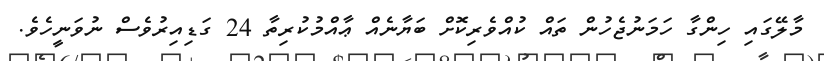
މާލޭގައި ހިންގާ ހަމަނުޖެހުން ތައް ކުއްވެރިކޮށް ބަޔާނެއް ޢާއްމުކުރިތާ 24 ގަޑިއިރުވެސް ނުވަނީހެވެ.